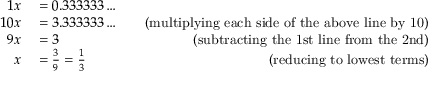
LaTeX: \begin{array} { r l r } { { 1 } x } & { { } = 0 . 3 3 3 3 3 3 \ldots } \\ { 1 0 x } & { { } = 3 . 3 3 3 3 3 3 \ldots \quad } & { { \mathrm { ( m u l t i p l y i n g ~ e a c h ~ s i d e ~ o f ~ t h e ~ a b o v e ~ l i n e ~ b y ~ 1 0 ) } } } \\ { 9 x } & { { } = 3 } & { { \mathrm { ( s u b t r a c t i n g ~ t h e ~ 1 s t ~ l i n e ~ f r o m ~ t h e ~ 2 n d ) } } } \\ { x } & { { } = { \frac { 3 } { 9 } } = { \frac { 1 } { 3 } } } & { { \mathrm { ( r e d u c i n g ~ t o ~ l o w e s t ~ t e r m s ) } } } \end{array}